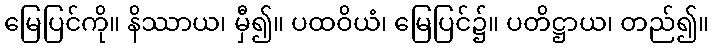
မြေပြင်ကို။ နိဿာယ၊ မှီ၍။ ပထဝိယံ၊ မြေပြင်၌။ ပတိဋ္ဌာယ၊ တည်၍။